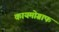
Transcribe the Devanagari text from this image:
कायमोग्राफ